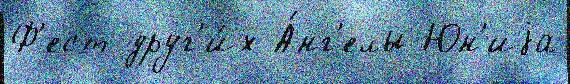
Ф'ест друг'и́х А́нг'елы Юн'иjа